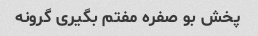
پخش بو صفره مفتم بگیری گرونه